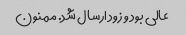
عالی بود و زود ارسال شد. ممنون